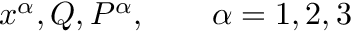
x ^ { \alpha } , Q , P ^ { \alpha } , \qquad \alpha = 1 , 2 , 3